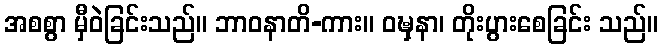
အစစွာ မှီဝဲခြင်းသည်။ ဘာဝနာတိ-ကား။ ဝဍ္ဎှနာ၊ တိုးပွားစေခြင်း သည်။